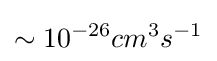
\sim 10^{-26}cm^{3}s^{-1}